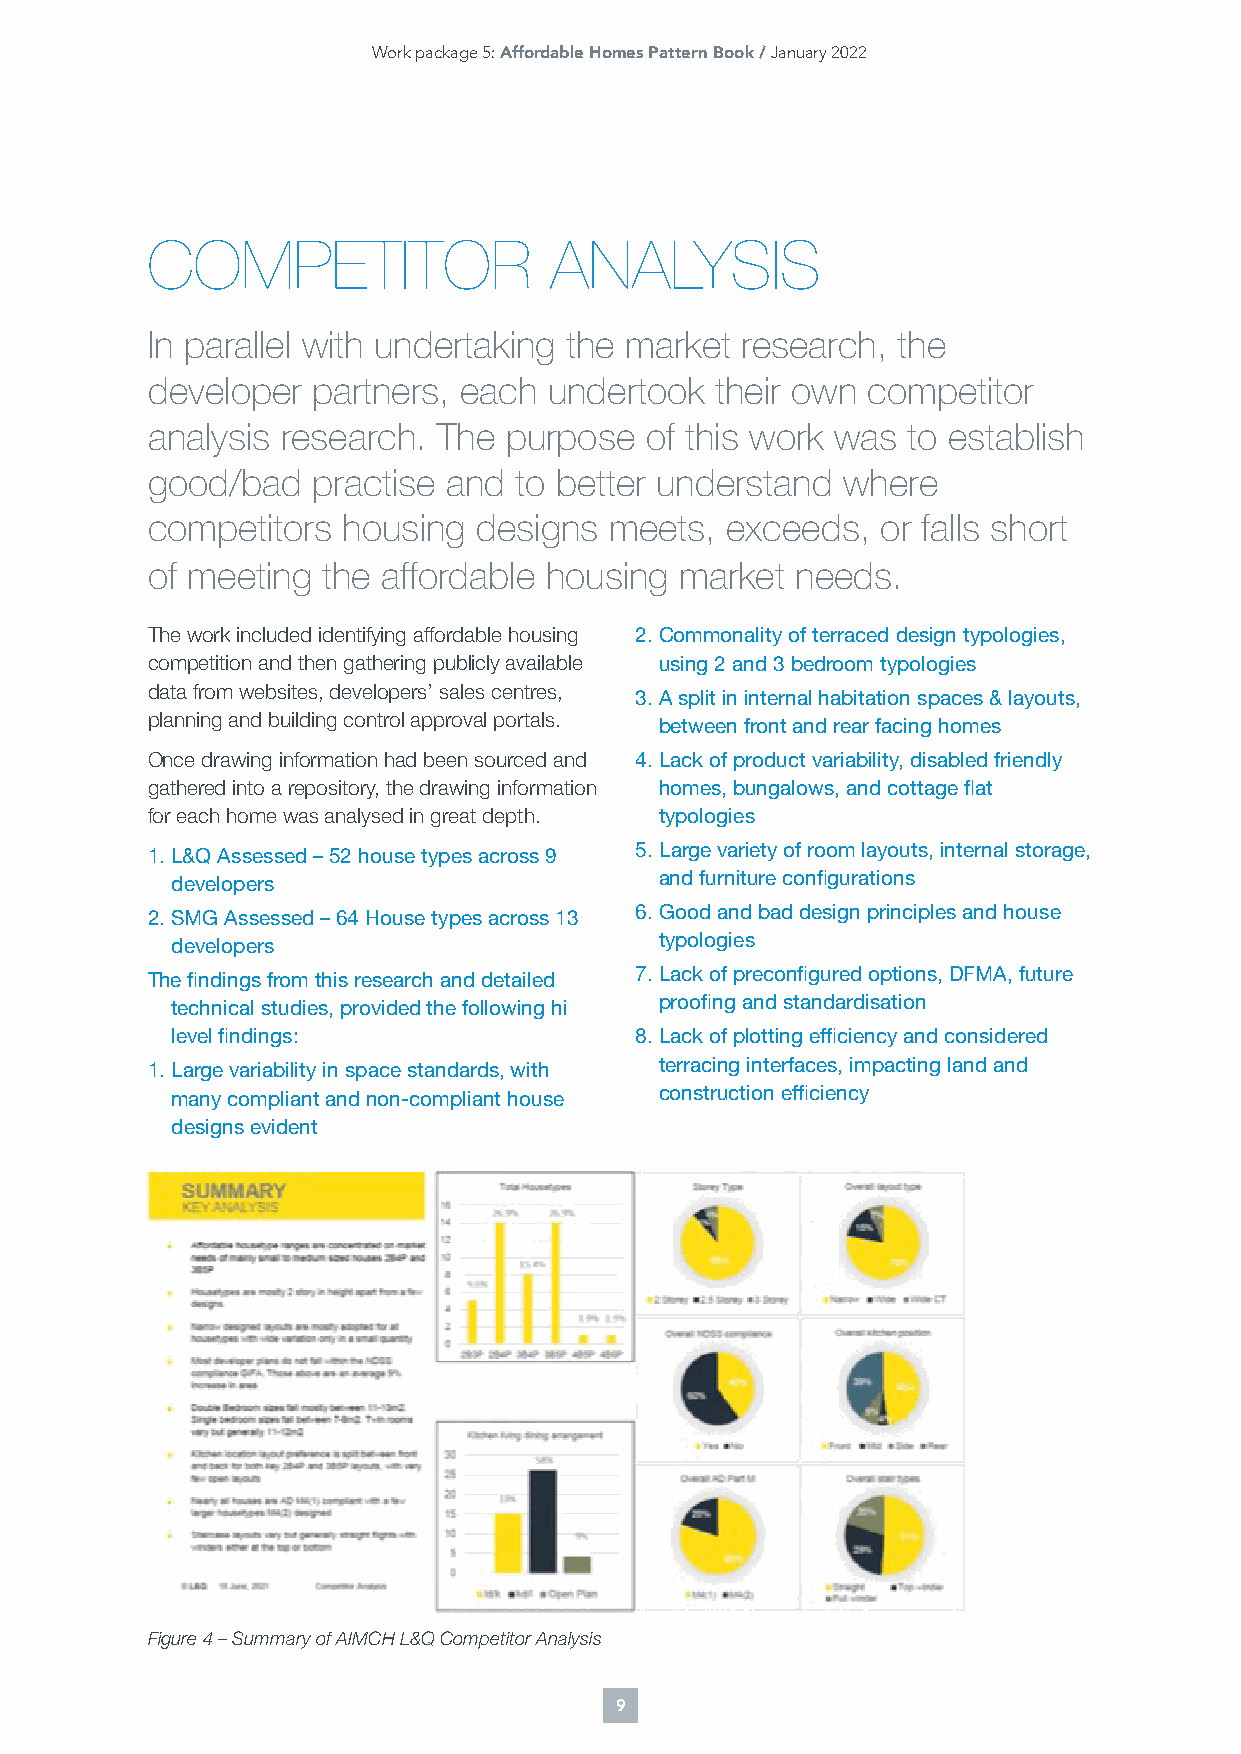
Work package 5: Affordable Homes Pattern Book / January 2022
 COMPETITOR                ANALYSIS
 In parallel with undertaking the market research, the
 developer  partners, each undertook  their own competitor
 analysis research. The purpose   of this work was to establish
 good/bad   practise and to better understand  where
 competitors  housing designs  meets,  exceeds,  or falls short
 of meeting the affordable housing  market  needs.
 The work included identifying affordable housing 2. Commonality of terraced design typologies,
 competition and then gathering publicly available using 2 and 3 bedroom typologies
 data from websites, developers’ sales centres, 3. A split in internal habitation spaces & layouts,
 planning and building control approval portals. between front and rear facing homes
 Once drawing information had been sourced and 4. Lack of product variability, disabled friendly
 gathered into a repository, the drawing information homes, bungalows, and cottage flat
 for each home was analysed in great depth. typologies
 1. L&Q Assessed – 52 house types across 9 5. Large variety of room layouts, internal storage,
 developers                       and furniture configurations
 2. SMG Assessed – 64 House types across 13 6. Good and bad design principles and house
 developers                       typologies
 The findings from this research and detailed 7. Lack of preconfigured options, DFMA, future
 technical studies, provided the following hi proofing and standardisation
 level findings:                8. Lack of plotting efficiency and considered
 1. Large variability in space standards, with terracing interfaces, impacting land and
 many compliant and non-compliant house construction efficiency
 designs evident
 Figure 4 – Summary of AIMCH L&Q Competitor Analysis
 9